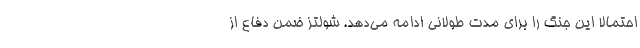
احتمالا این جنگ را برای مدت طولانی ادامه می‌دهد. شولتز ضمن دفاع از